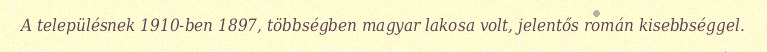
A településnek 1910-ben 1897, többségben magyar lakosa volt, jelentős román kisebbséggel.